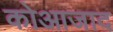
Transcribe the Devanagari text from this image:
कोआजाद